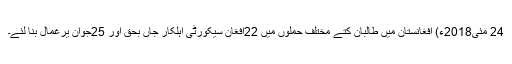
24 مئی2018ء) افغانستان میں طالبان کتے مختلف حملوں میں 22افغان سیکورٹی اہلکار جاں بحق اور 25جوان یرغمال بنا لئے۔